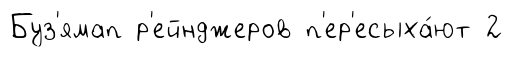
Буз'ямап р'ейнджеров п'ер'есыха́ют 2